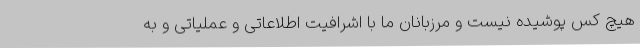
هیچ کس پوشیده نیست و مرزبانان ما با اشرافیت اطلاعاتی و عملیاتی و به